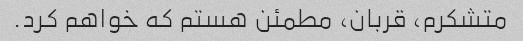
متشکرم، قربان، مطمئن هستم که خواهم کرد.